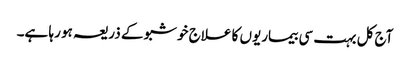
آج کل بہت سی بیماریوں کا علاج خوشبو کے ذریعہ ہو رہا ہے۔